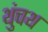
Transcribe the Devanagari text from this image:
थुंचथ